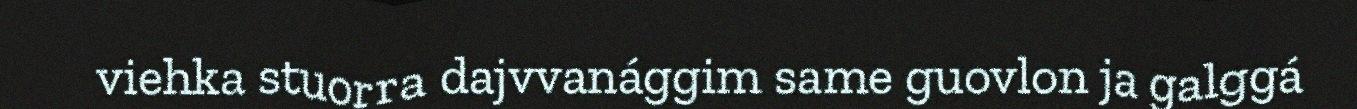
viehka stuorra dajvvanággim same guovlon ja galggá